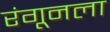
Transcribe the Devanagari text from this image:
रंगूनला